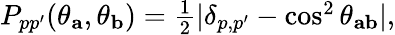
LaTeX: \begin{array}{r}{P_{pp^{\prime}}(\theta_{\mathbf{a}},\theta_{\mathbf{b}})=\frac{1}{2}|\delta_{p,p^{\prime}}-\cos^{2}\theta_{\mathbf{ab}}|,}\end{array}